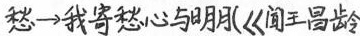
愁→我寄愁心向明月《闻王昌》